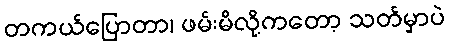
တကယ်ပြောတာ၊ ဖမ်းမိလို့ကတော့ သတ်မှာပဲ